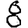
Digit: 8